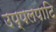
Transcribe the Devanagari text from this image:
उप्पलपाटि